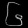
Digit: ၆